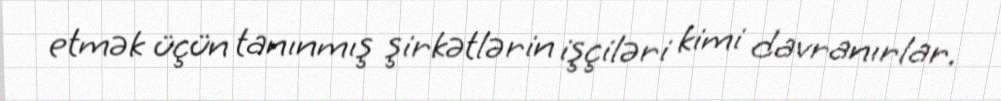
etmək üçün tanınmış şirkətlərin işçiləri kimi davranırlar.